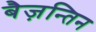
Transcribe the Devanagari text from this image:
बैज़न्तिन